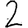
Digit: 2